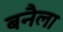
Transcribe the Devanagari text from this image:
बनैला